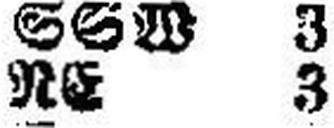
RE 3